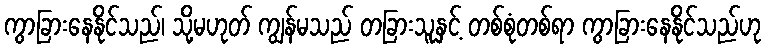
ကွာခြားနေနိုင်သည်၊ သို့မဟုတ် ကျွန်မသည် တခြားသူနှင့် တစ်စုံတစ်ရာ ကွာခြားနေနိုင်သည်ဟု